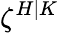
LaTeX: \zeta^{H|K}